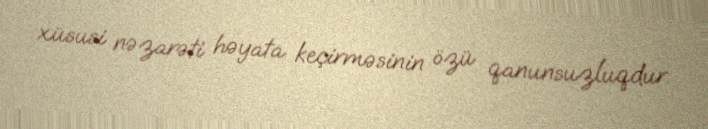
xüsusi nəzarəti həyata keçirməsinin özü qanunsuzluqdur.